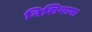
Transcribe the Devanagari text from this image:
निशियामा